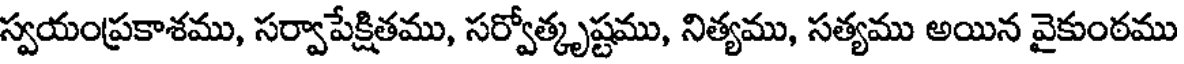
స్వయంప్రకాశము, సర్వాపేక్షితము, సర్వోత్కృష్టము, నిత్యము, సత్యము అయిన వైకుంఠము